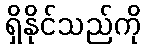
ရှိနိုင်သည်ကို